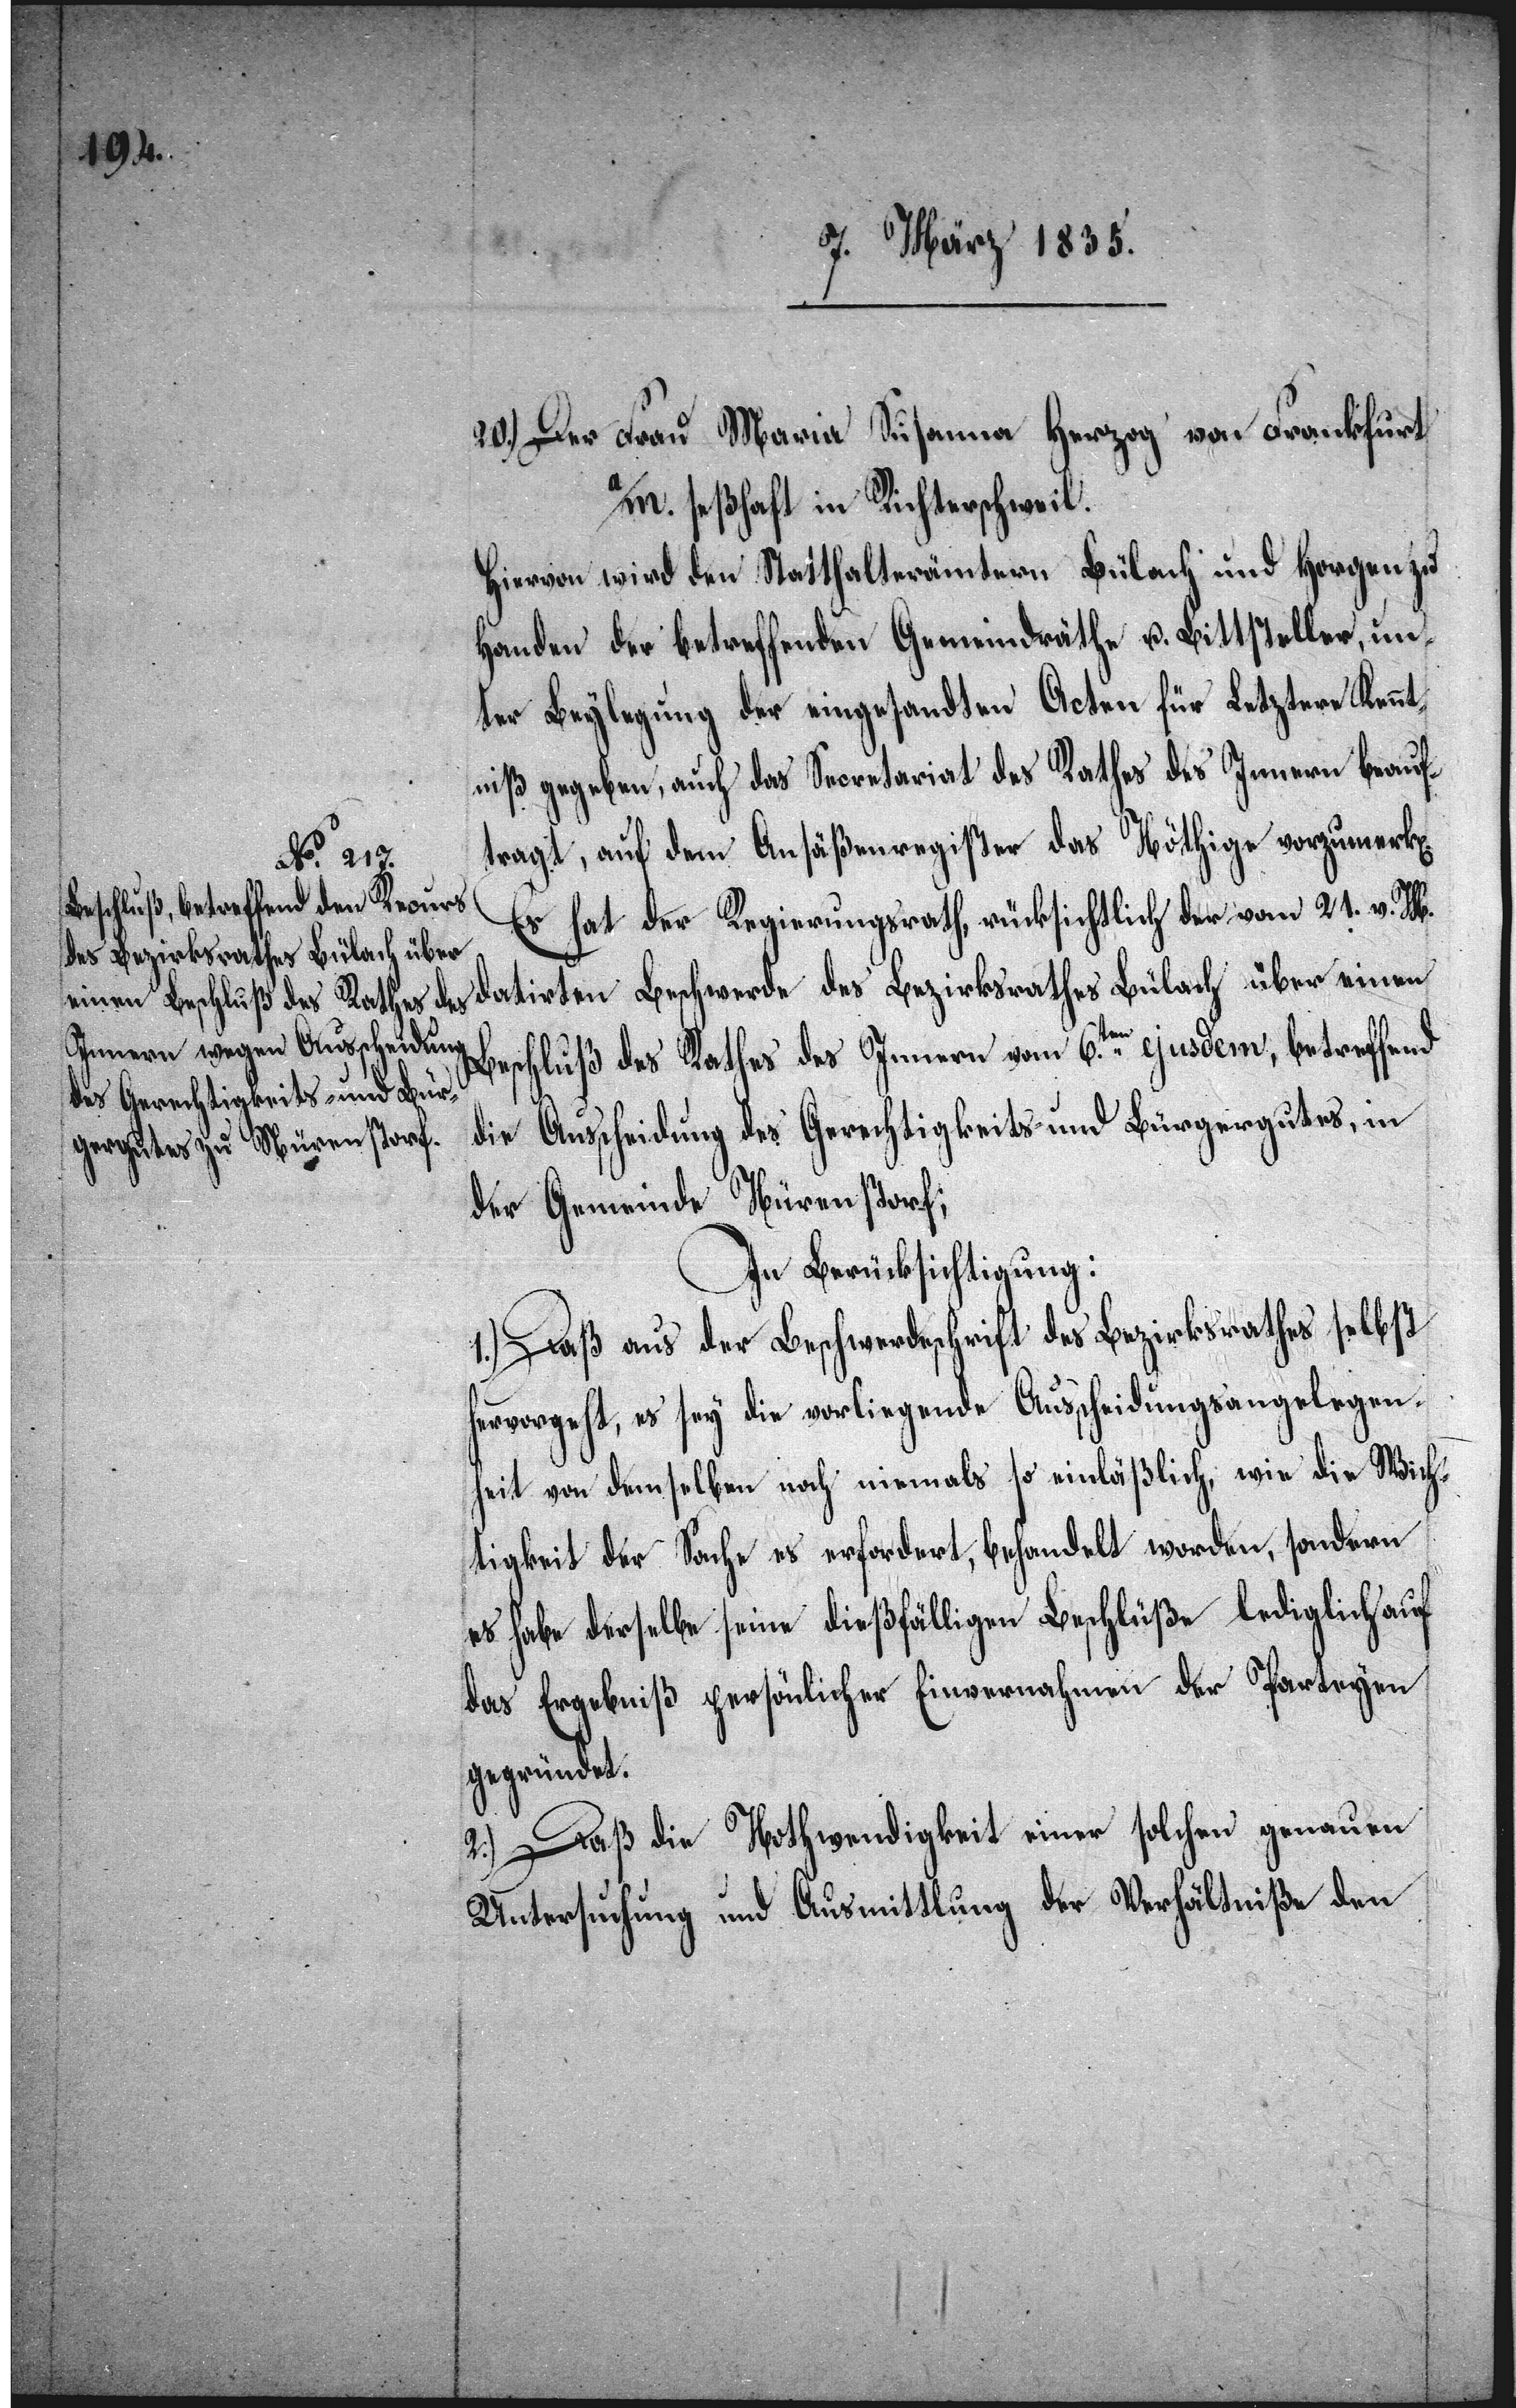
n].

20.) Der Frau Maria Susanna Herzog von Frankfurt
a/M. seßhaft in Richterschweil.
Hiervon wird den Statthalterämtern Bülach und Horgen zu
Handen der betreffenden Gemeindräthe u. Bittsteller, un¬
ter Beylegung der eingesandten Acten für Letztere Kennt¬
niß gegeben, auch das Secretariat des Rathes des Innern beauf¬
tragt, auf dem Ansäßenregister das Nöthige vorzumerk[e¬
Es hat der Regierungsrath, rücksichtlich der vom 21. v. M.
datirten Beschwerde des Bezirksrathes Bülach über einen
Beschluß des Rathes des Innern vom 6.ten ejusdem, betreffend
die Ausscheidung des Gerechtigkeits- und Bürgergutes, in
der Gemeinde Nürenstorf;
In Berücksichtigung:
1.) Daß aus der Beschwerdepflicht des Bezirksrathes selbst
hervorgeht, es sey die vorliegende Ausscheidungsangelegen¬
heit von demselben noch niemals so einläßlich, wie die Wich¬
tigkeit der Sache es erfordert, behandelt worden, sondern
es habe derselbe seine dießfälligen Beschlüße lediglich auf
das Ergebniß persönlicher Einvernahmen der Partheyen
gegründet.
2.) Daß die Nothwendigkeit einer solchen genauen
Untersuchung und Ausmittlung der Verhältniße den